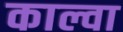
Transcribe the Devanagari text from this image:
काल्वा